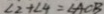
\angle 2 + \angle 4 = \angle A C B